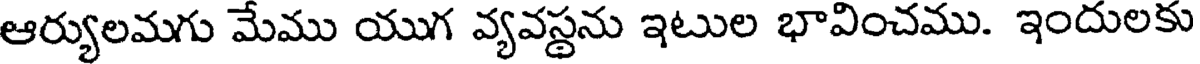
ఆర్యులమగు మేము యుగ వ్యవస్థను ఇటుల భావించము. ఇందులకు